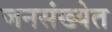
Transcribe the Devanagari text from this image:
जनसंख्येत